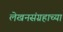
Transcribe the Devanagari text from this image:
लेखनसंग्रहाच्या